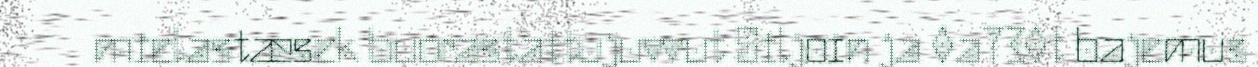
mielastæsek buorastattujuvvut Siljoin ja 0a730t bajemus